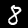
Label: 8